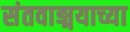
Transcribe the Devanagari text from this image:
संतवाङ्मयाच्या